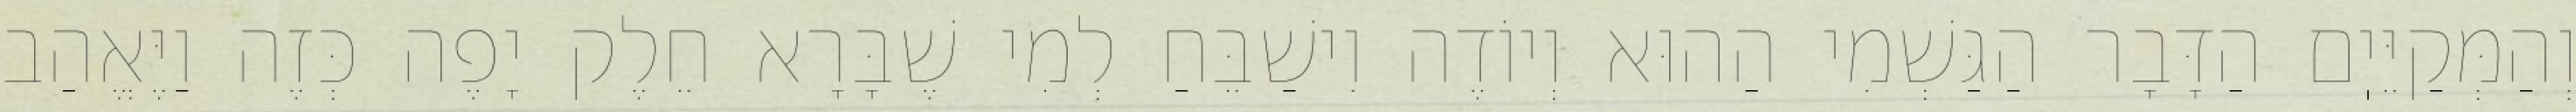
וְהַמְּקַיֵּיֽם הַדָּבָר הַגַּשְׁמִי הַהוּא וְיוֹדֶה וִישַׁבֵּחַ לְמִי שֶׁבָּרָא חֵלֶק יָפֶה כְּזֶה וַיֶּאֱהַב